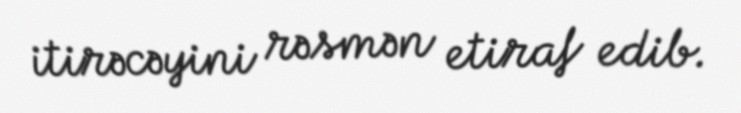
itirəcəyini rəsmən etiraf edib.